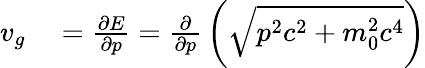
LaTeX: \begin{array}{rl}{v_{g}}&{{}={\frac{\partial E}{\partial p}}={\frac{\partial}{\partial p}}\left({\sqrt{p^{2}c^{2}+m_{0}^{2}c^{4}}}\right)}\end{array}